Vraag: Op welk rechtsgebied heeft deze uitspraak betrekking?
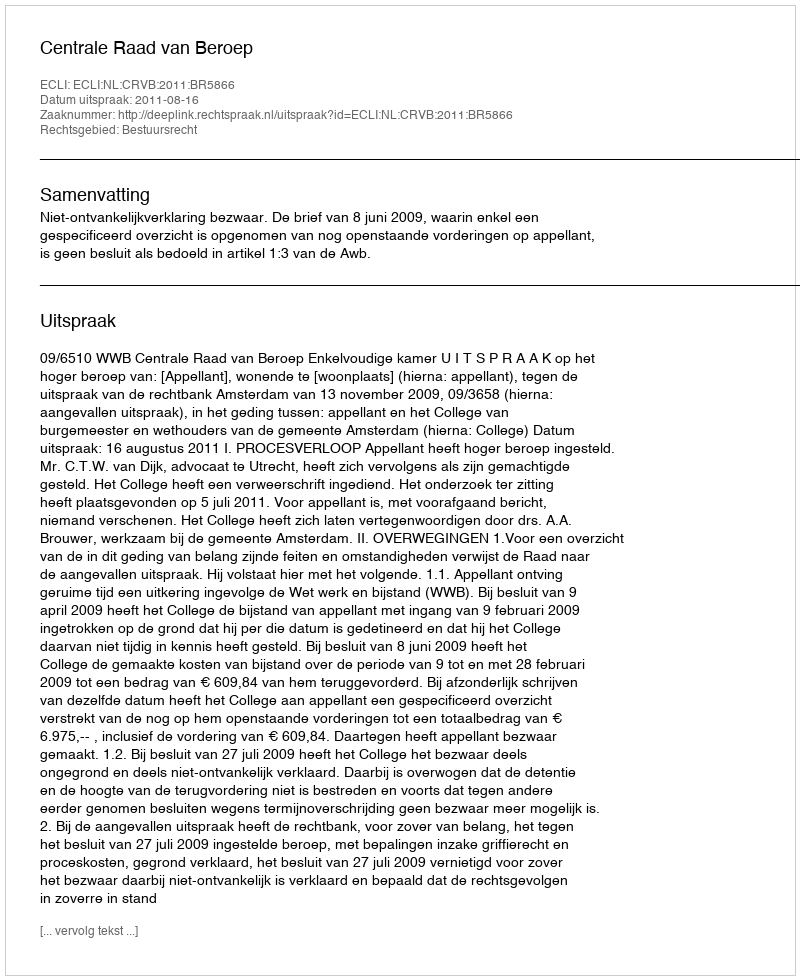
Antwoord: Bestuursrecht